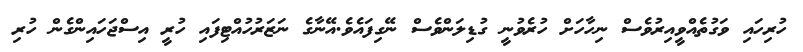
ހުރިހައި ވަގުތެއްވީއިރުވެސް ނިހާހަށް ހުރެވުނީ ގުޑިލަންވެސް ނޭގިފައެވެ.އޭނާގެ ނަޒަރުހުއްޓިފައި ހުރީ އިސްޖަހައިންގެން ހުރި